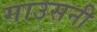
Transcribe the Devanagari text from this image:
गाउसनी